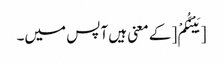
[بَیْنَکُمْ [کے معنی ہیں آپس میں۔